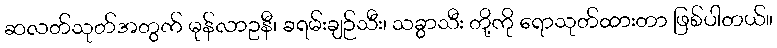
ဆလတ်သုတ်အတွက် မုန်လာဥနီ၊ ခရမ်းချဉ်သီး၊ သခွာသီး တို့ကို ရောသုတ်ထားတာ ဖြစ်ပါတယ်။